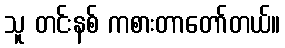
သူ တင်းနစ် ကစားတာတော်တယ်။